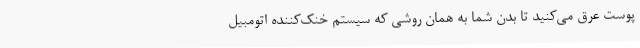
پوست عرق می‌کنید تا بدن شما به همان روشی که سیستم خنک‌کننده اتومبیل